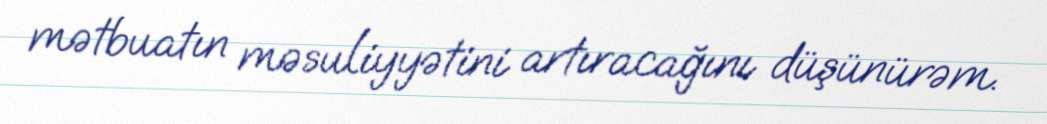
mətbuatın məsuliyyətini artıracağını düşünürəm.